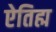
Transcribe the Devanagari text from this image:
ऐतिह्म